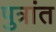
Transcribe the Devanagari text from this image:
पुत्रांत